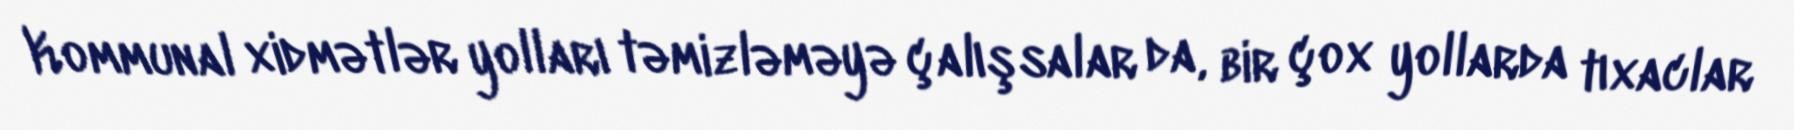
Kommunal xidmətlər yolları təmizləməyə çalışsalar da, bir çox yollarda tıxaclar